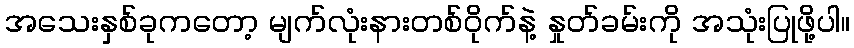
အသေးနှစ်ခုကတော့ မျက်လုံးနားတစ်ဝိုက်နဲ့ နှုတ်ခမ်းကို အသုံးပြုဖို့ပါ။